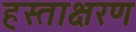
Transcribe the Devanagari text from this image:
हस्ताक्षरण